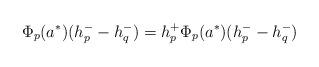
LaTeX: \begin{align*}\Phi_p(a^*)(h_p^- - h_q^-) =h_p^+ \Phi_p(a^*)(h_p^- - h_q^-)\end{align*}